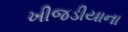
ખીજડીયાના